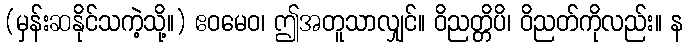
(မှန်းဆနိုင်သကဲ့သို့။) ဧဝမေဝ၊ ဤအတူသာလျှင်။ ဝိညတ္တိပိ၊ ဝိညတ်ကိုလည်း။ န